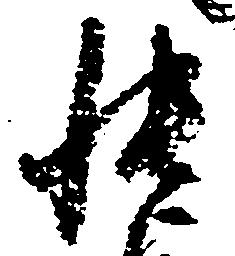
帳